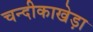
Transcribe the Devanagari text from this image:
चन्दीकाखेड़ा